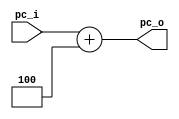
module Adder (
    input [31:0] pc_i,
    output [31:0] pc_o
);
    assign pc_o = pc_i + 3'b100;
endmodule